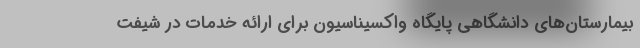
بیمارستان‌های دانشگاهی پایگاه واکسیناسیون برای ارائه خدمات در شیفت